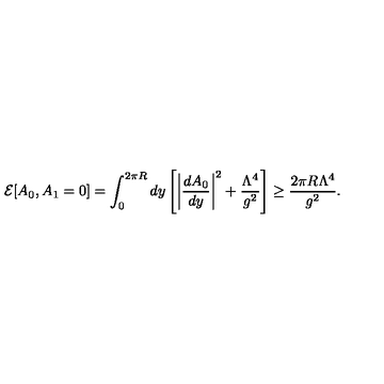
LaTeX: { \cal E } [ A _ { 0 } , A _ { 1 } = 0 ] = \int _ { 0 } ^ { 2 \pi R } d y \left[ \bigg | \frac { d A _ { 0 } } { d y } \bigg | ^ { 2 } + \frac { \Lambda ^ { 4 } } { g ^ { 2 } } \right] \geq \frac { 2 \pi R \Lambda ^ { 4 } } { g ^ { 2 } } .